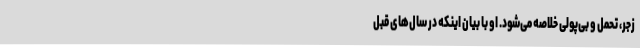
زجر، تحمل و بی‌پولی خلاصه می‌شود. او با بیان اینکه در سال‌های قبل